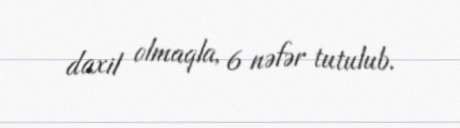
daxil olmaqla, 6 nəfər tutulub.